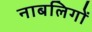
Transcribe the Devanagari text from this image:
नाबलिगों